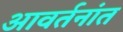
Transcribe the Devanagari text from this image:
आवर्तनांत